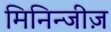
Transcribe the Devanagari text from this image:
मिनिन्जीज़